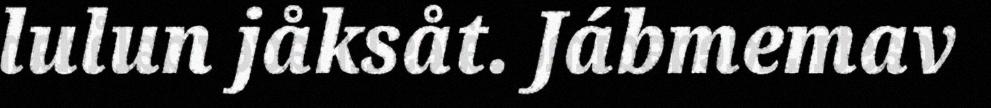
lulun jåksåt. Jábmemav